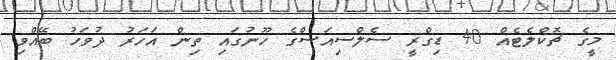
މީގެ ޗޮކްލެޓެއް 40 ޑިގްރީ ސެލްސިއަސްގެ ހޫނުގައި ތިން އަހަރު ދުވަހު ބޭއްވި